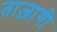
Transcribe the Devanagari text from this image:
ताज़ागी